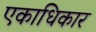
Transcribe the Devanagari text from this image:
एकाधिकार